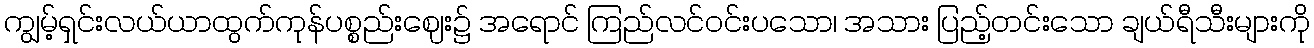
ကျွမ့်ရှင်းလယ်ယာထွက်ကုန်ပစ္စည်းဈေး၌ အရောင် ကြည်လင်ဝင်းပသော၊ အသား ပြည့်တင်းသော ချယ်ရီသီးများကို